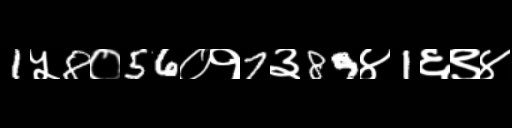
Text: 1५8०56०१7३89४1६९४